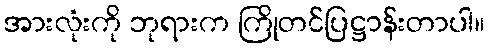
အားလုံးကို ဘုရားက ကြိုတင်ပြဋ္ဌာန်းတာပါ။